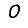
Digit: 0